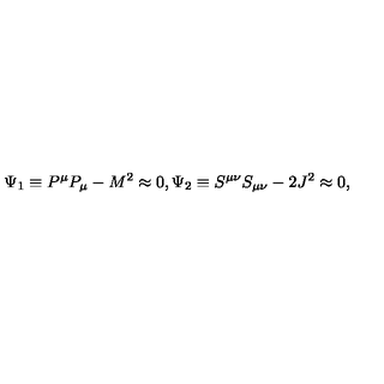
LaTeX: \Psi _ { 1 } \equiv P ^ { \mu } P _ { \mu } - M ^ { 2 } \approx 0 , \Psi _ { 2 } \equiv S ^ { \mu \nu } S _ { \mu \nu } - 2 J ^ { 2 } \approx 0 ,